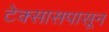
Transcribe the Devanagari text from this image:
टेक्सासपासून